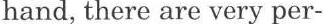
hand, there are very per-